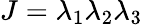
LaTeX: J={\lambda}_{1}{\lambda}_{2}{\lambda}_{3}